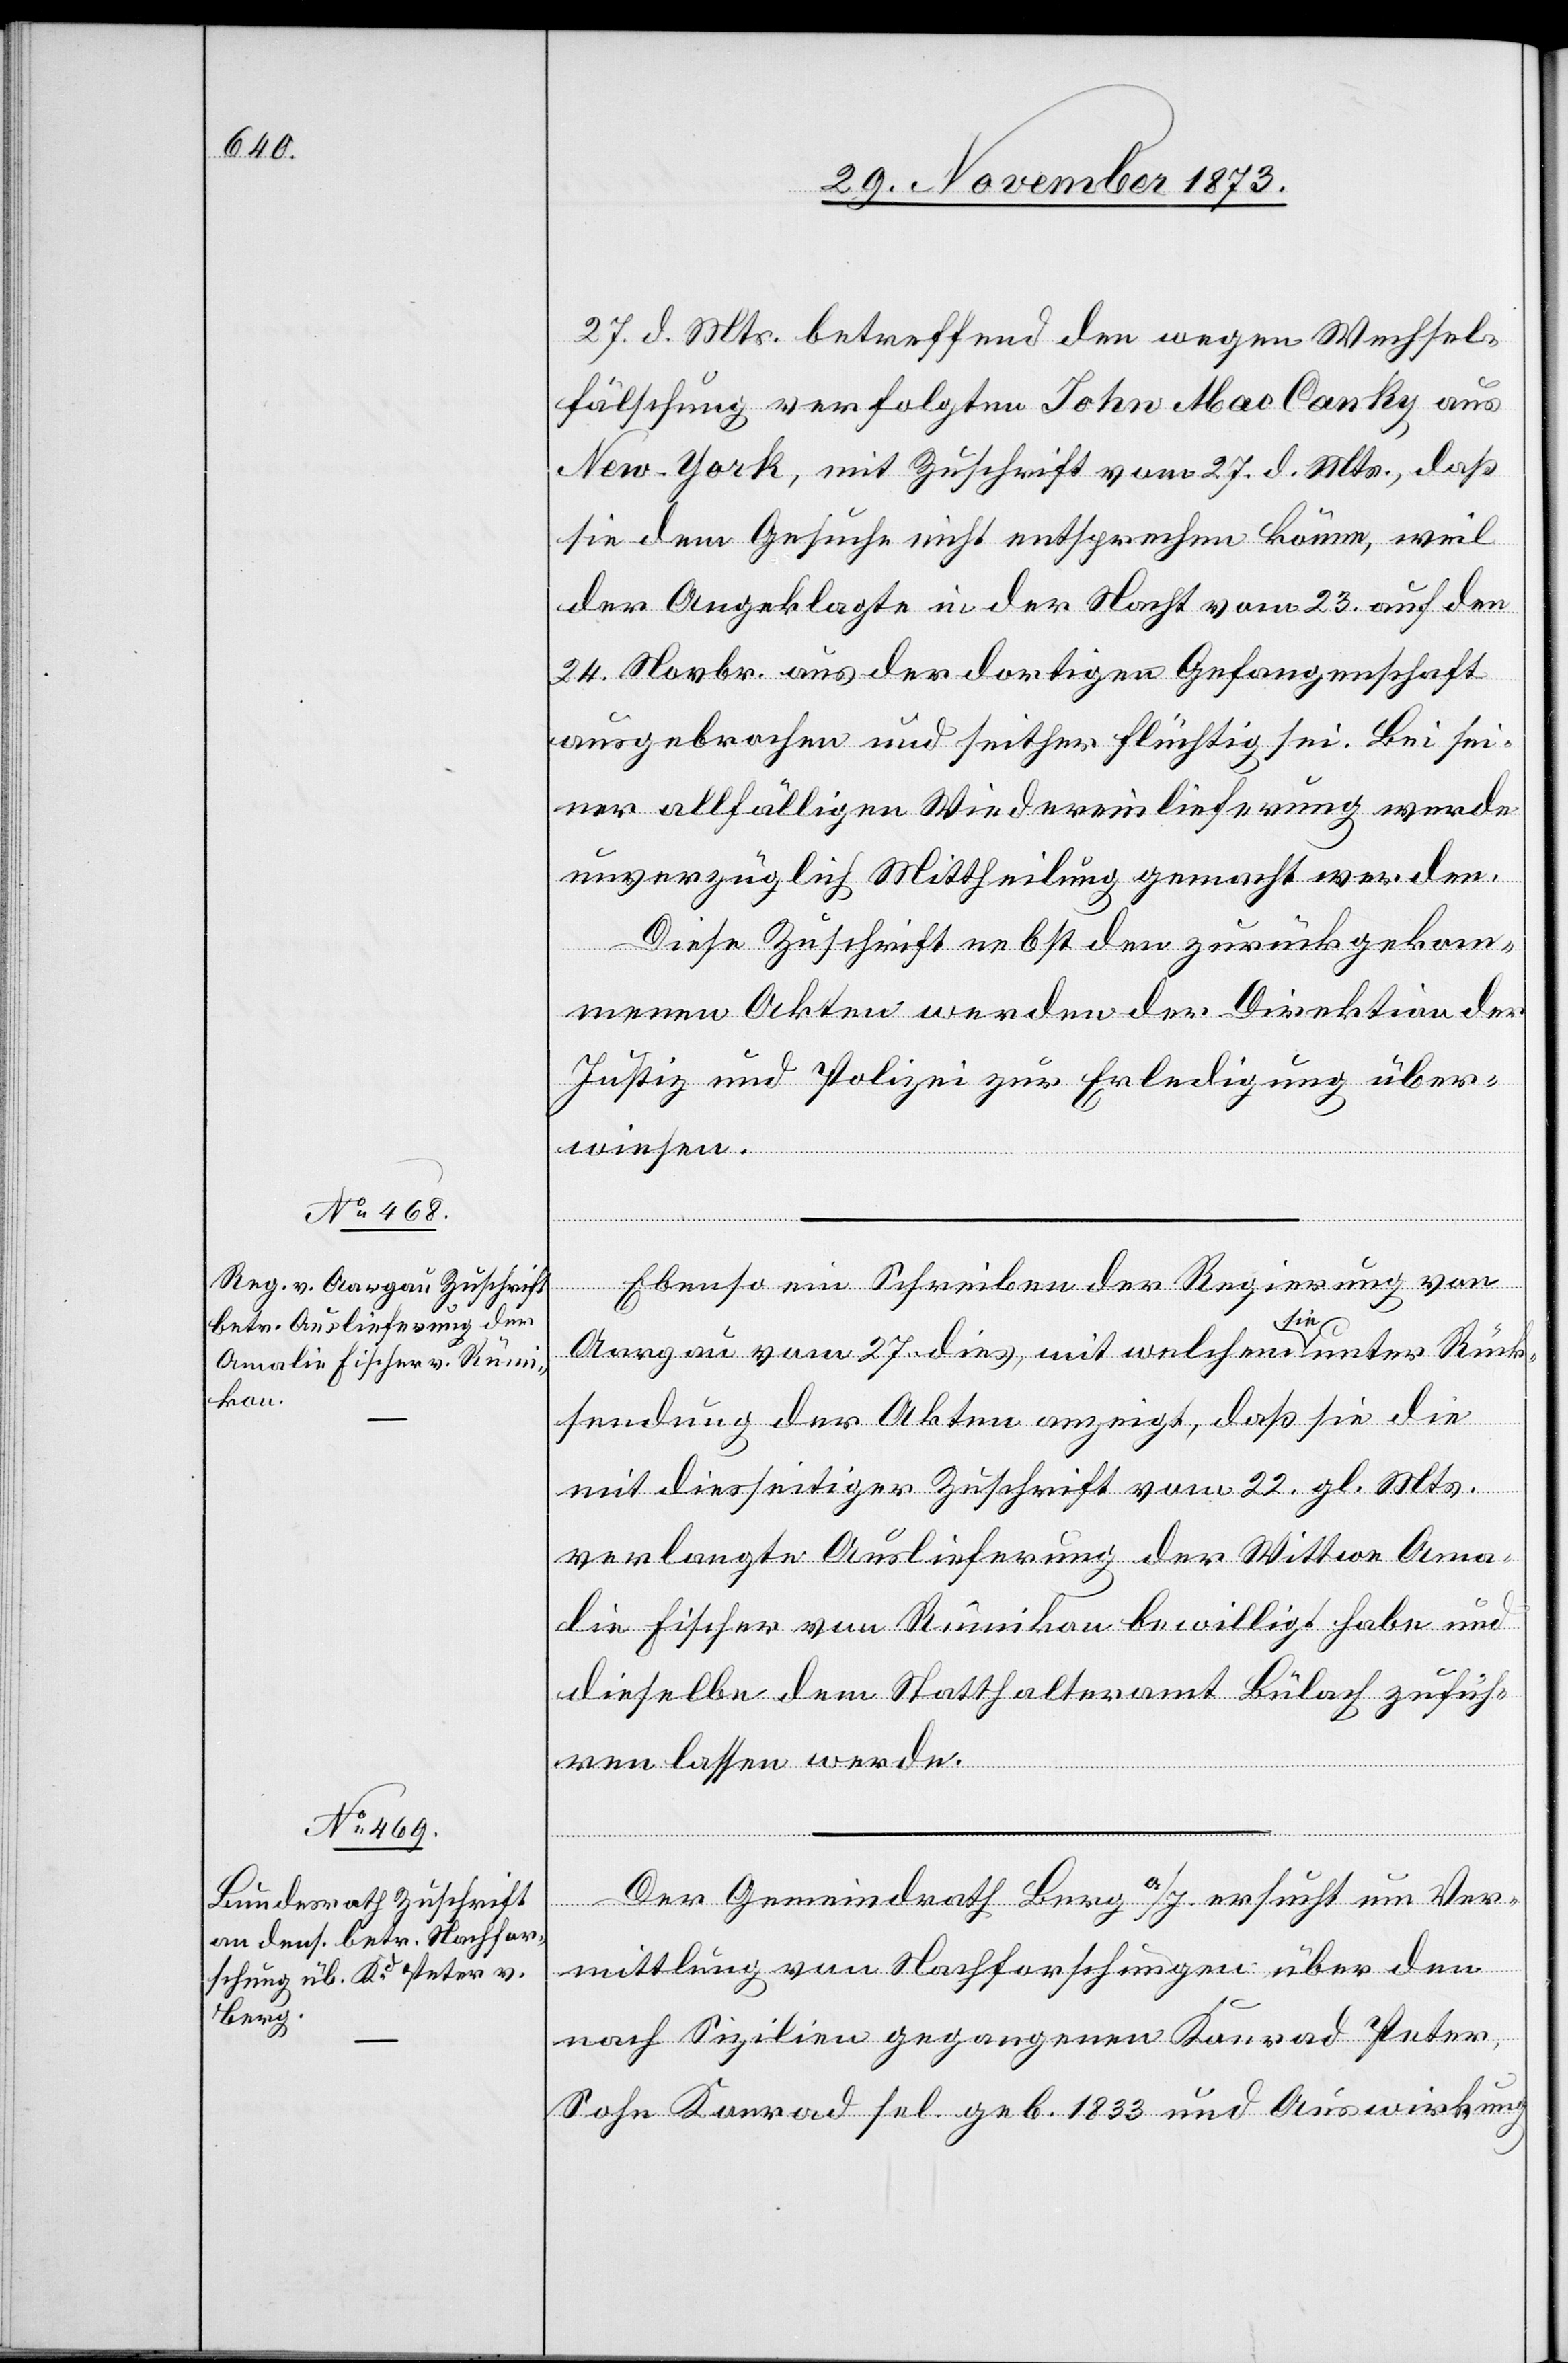
29. November 1873.]
27. d. Mts. betreffend den wegen Wechsel¬
fälschung verfolgten John Mac Canky aus
New-York, mit Zuschrift vom 27. d. Mts., daß
sie dem Gesuche nicht entsprechen könne, weil
der Angeklagte in der Nacht vom 23. auf den
24. Novbr. aus der dortigen Gefangenschaft
ausgebrochen und seither flüchtig sei. Bei sei¬
ner allfälligen Wiedereinlieferung werde
unverzüglich Mittheilung gemacht werden.
Diese Zuschrift nebst den zurückgekom¬
menen Akten werden der Direktion der
Justiz und Polizei zur Erledigung über¬
wiesen.
Ebenso ein Schreiben der Regierung von
Aargau vom 27. dies, mit welchem sie unter Rück¬
sendung der Akten anzeigt, daß sie die
mit diesseitiger Zuschrift vom 22. gl. Mts.
verlangte Auslieferung der Wittwe Ama¬
lie Fischer von Rümikon bewilligt habe und
dieselbe dem Statthalteramt Bülach zufüh¬
ren lassen werde.
Der Gemeindrath Berg a/I. ersucht um Ver¬
mittlung von Nachforschungen über den
nach Sizilien gegangenen Konrad Peter,
Sohn Konrad sel. geb. 1833 und Auswirkung